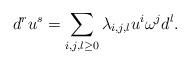
LaTeX: \begin{align*} d^ru^s = \sum_{i,j,l\geq0}\lambda_{i,j,l}u^i\omega^jd^l.\end{align*}